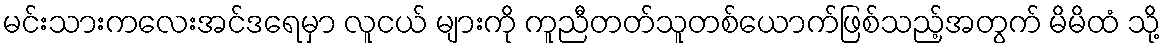
မင်းသားကလေးအင်ဒရေမှာ လူငယ် များကို ကူညီတတ်သူတစ်ယောက်ဖြစ်သည့်အတွက် မိမိထံ သို့